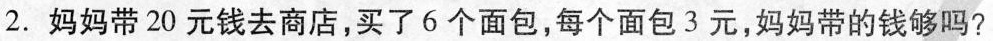
2.妈妈带20元钱去商店，买了6个面包，每个面包3元，妈妈带的钱够吗?